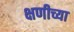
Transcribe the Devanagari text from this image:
क्षणीच्या